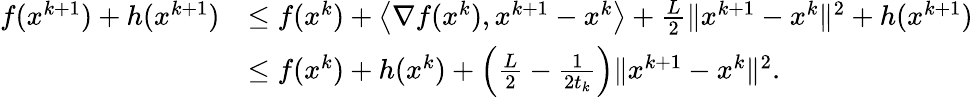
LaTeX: \begin{array}{rl}{f(x^{k+1})+h(x^{k+1})}&{\leq f(x^{k})+\left\langle\nabla f(x^{k}),x^{k+1}-x^{k}\right\rangle+\frac{L}{2}\| x^{k+1}-x^{k}\| ^{2}+h(x^{k+1})}\\ &{\leq f(x^{k})+h(x^{k})+\left(\frac{L}{2}-\frac{1}{2t_{k}}\right)\| x^{k+1}-x^{k}\| ^{2}.}\end{array}